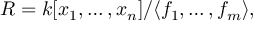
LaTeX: R = k [ x _ { 1 } , \ldots , x _ { n } ] / \langle f _ { 1 } , \ldots , f _ { m } \rangle ,